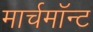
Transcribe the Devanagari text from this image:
मार्चमाॅन्ट